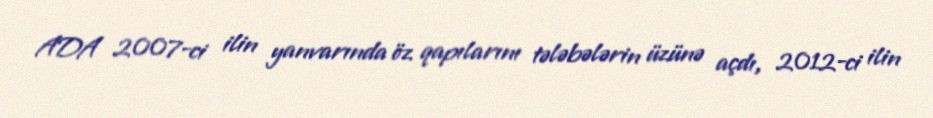
ADA 2007-ci ilin yanvarında öz qapılarını tələbələrin üzünə açdı, 2012-ci ilin